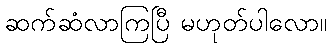
ဆက်ဆံလာကြပြီ မဟုတ်ပါလော။